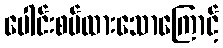
ပေါင်းစပ်ထားသောကြောင့်